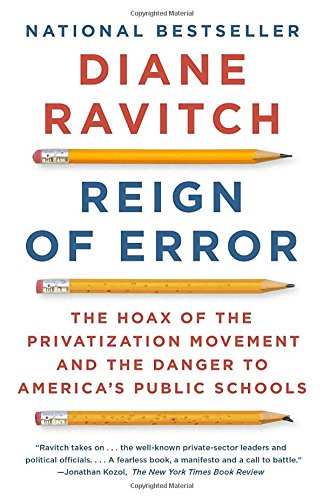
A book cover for Reign of Error: The Hoax of the Privatization Movement and the Danger to America's Public Schools; Diane Ravitch; Politics & Social Sciences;